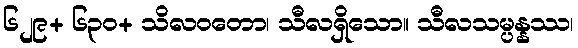
၆၂၉+ ၆၃၀+ သိလဝတော၊ သီလရှိသော။ သီလသမ္ပန္နဿ၊